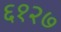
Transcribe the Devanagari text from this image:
६१२७